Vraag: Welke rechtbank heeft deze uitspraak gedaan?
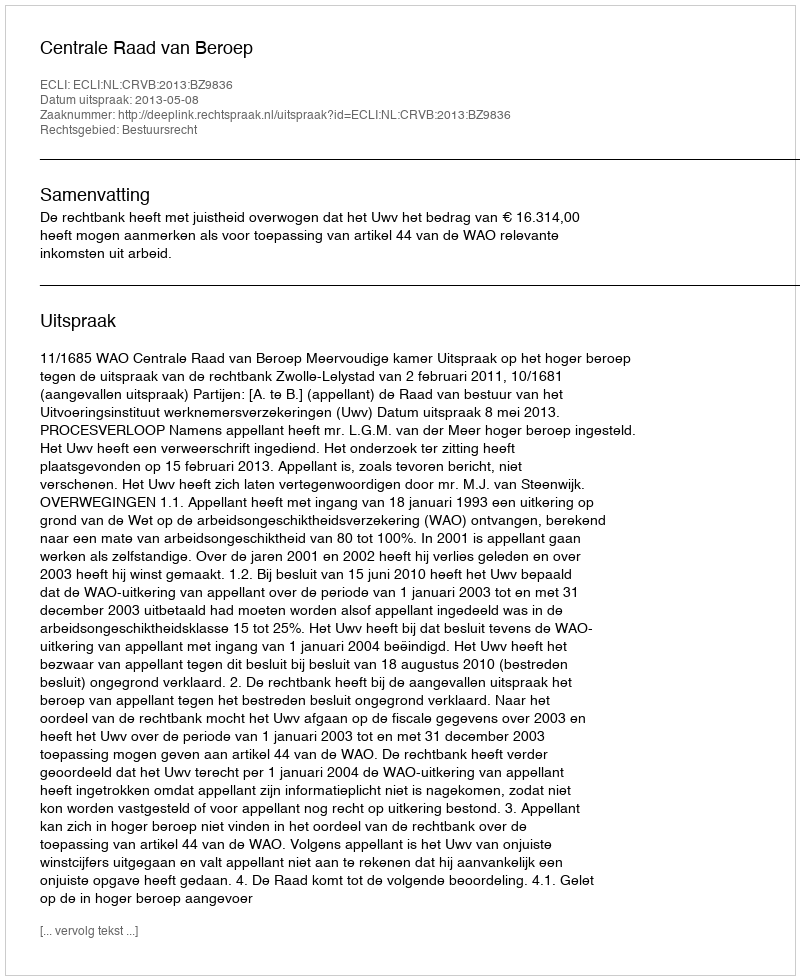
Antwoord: Centrale Raad van Beroep